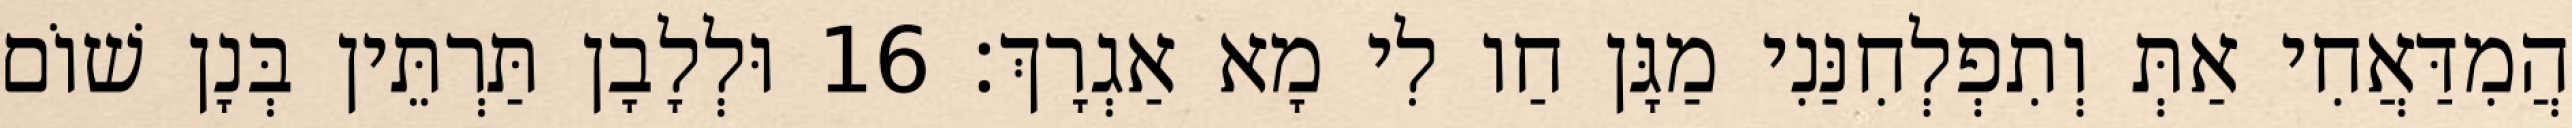
הֲמִדַּאֲחִי אַתְּ וְתִפְלְחִנַּנִי מַגָּן חַו לִי מָא אַגְרָךְ׃ 16 וּלְלָבָן תַּרְתֵּין בְּנָן שׁוֹם